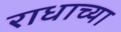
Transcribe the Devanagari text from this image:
राधाच्या